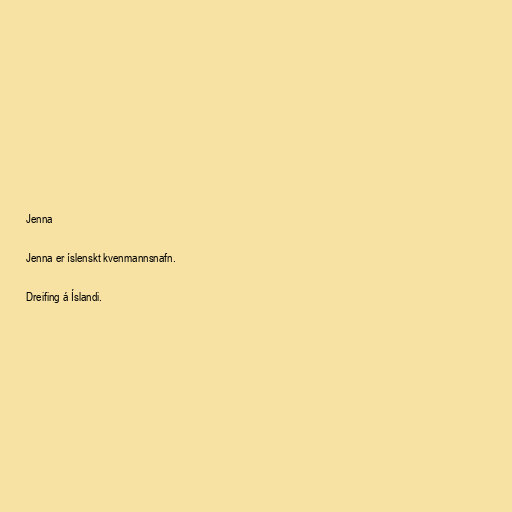
Jenna

Jenna er íslenskt kvenmannsnafn.

Dreifing á Íslandi.